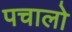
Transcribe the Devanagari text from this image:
पचालो